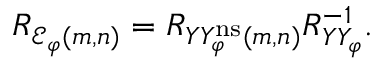
\begin{array} { r } { R _ { { \mathcal E } _ { \varphi } ( m , n ) } = R _ { Y Y _ { \varphi } ^ { \mathrm { n s } } ( m , n ) } R _ { Y Y _ { \varphi } } ^ { - 1 } . } \end{array}